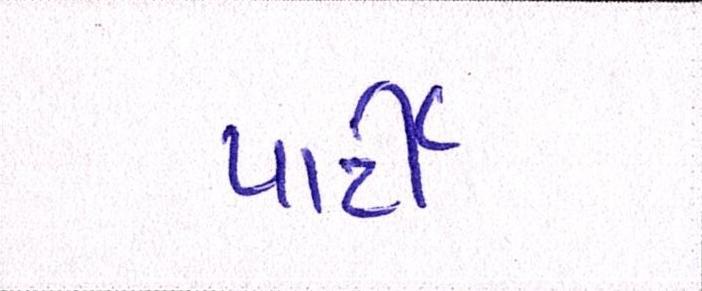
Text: પાર્ટી